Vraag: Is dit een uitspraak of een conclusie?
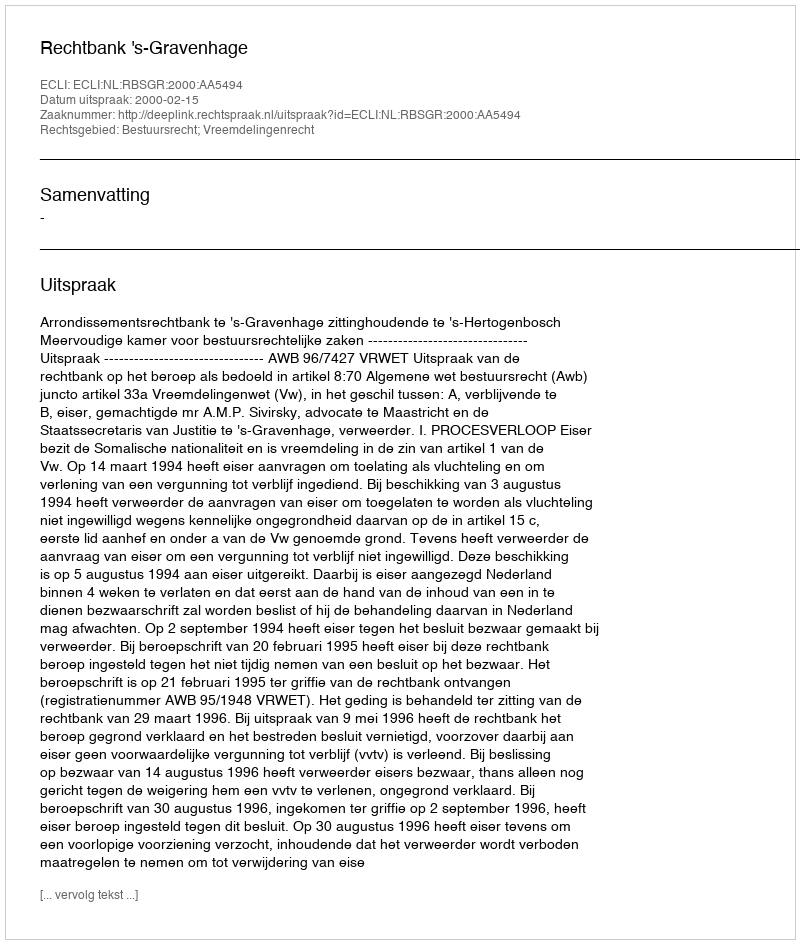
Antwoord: Uitspraak